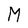
Character: M